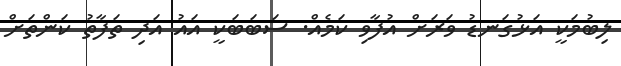
ލިބުމަކީ އަޅުގަނޑު ވަރަށް އުފާވި ކަމެއް. ސަބަބަކީ އައު އަދި ތަފާތު ކަންތަށް